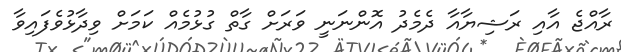
ރާއްޖެ އާއި ރަޝިޔާއާ ދެމެދު އޮންނަނީ ވަރަށް ގާތް ގުޅުމެއް ކަމަށް ވިދާޅުވެފައިވާ